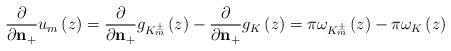
LaTeX: \begin{align*}\frac{\partial}{\partial\mathbf{n}_{+}}u_{m}\left(z\right)=\frac{\partial}{\partial\mathbf{n}_{+}}g_{K_{m}^\pm}\left(z\right)-\frac{\partial}{\partial\mathbf{n}_{+}}g_{K}\left(z\right)=\pi\omega_{K_{m}^\pm}\left(z\right)-\pi\omega_{K}\left(z\right)\end{align*}